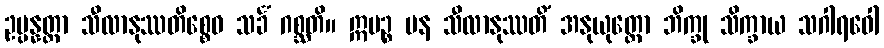
ဥပ္ပန္နတ္တာ သီလာနုဿတိစ္စေဝ သင်္ခံ ဂစ္ဆတိ။ ဣမဉ္စ ပန သီလာနုဿတိံ အနုယုတ္တော ဘိက္ခု သိက္ခာယ သဂါရဝေါ